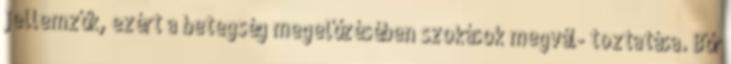
jellemzők, ezért a betegség megelőzésében szokások megvál- toztatása. Bőr